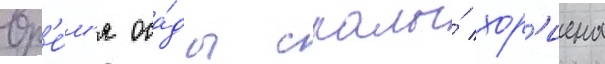
вр'е́м'я оса́ды скалы́ хор'иена